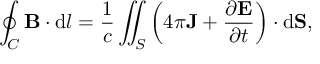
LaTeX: \oint _ { C } \mathbf { B } \cdot \mathrm { d } { \boldsymbol { l } } = { \frac { 1 } { c } } \iint _ { S } \left( 4 \pi \mathbf { J } + { \frac { \partial \mathbf { E } } { \partial t } } \right) \cdot \mathrm { d } \mathbf { S } ,